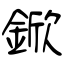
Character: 鍁